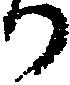
か